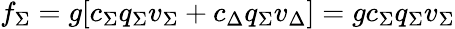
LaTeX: f_{\Sigma}=g[c_{\Sigma}q_{\Sigma}v_{\Sigma}+c_{\Delta}q_{\Sigma}v_{\Delta}]=gc_{\Sigma}q_{\Sigma}v_{\Sigma}